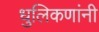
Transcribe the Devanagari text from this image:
धुलिकणांनी